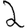
Digit: 2